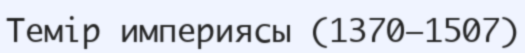
Темір империясы (1370—1507)